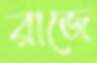
রাজে